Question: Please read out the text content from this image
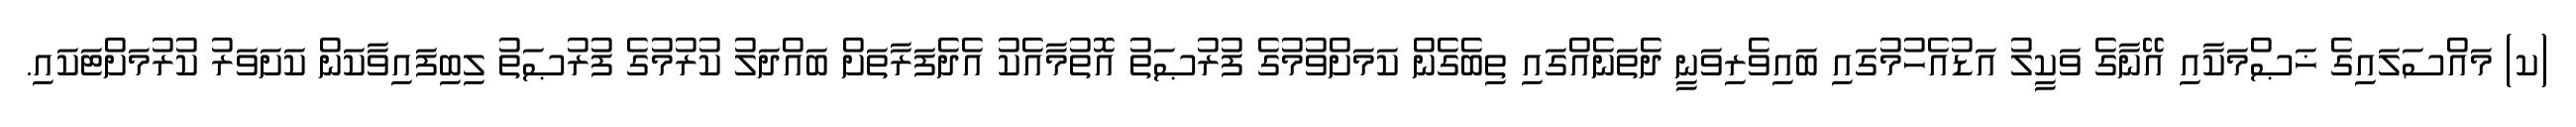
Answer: (ކ) މައްސަލައިގެ ޚަޞްމަކާއި އޭނާގެ ވަކީލު އަޑުއެހުމުގައި ބައިވެރިވަނީ ދެތަނެއްގައި ތިބެގެން ކަމަށްވުމުގެ ފުރުޞަތު އޮތުމާއެކު އެދެފަރާތަށް ބައްދަލު ކުރުމުގެ ފުރުޞަތު ލިބިފައިވާކަން ކަށަވަރު ކުރުމަށްޓަކައި.